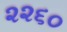
૨૨૬૦